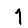
Digit: 1